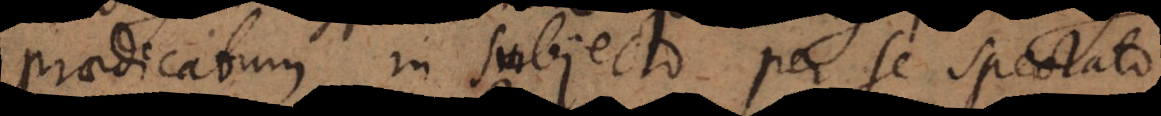
praedicatum in subjecto per se spectato